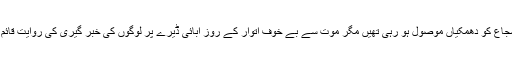
کرنل شجاع کو دھمکیاں موصول ہو رہی تھیں مگر موت سے بے خوف اتوار کے روز آبائی ڈیرے پر لوگوں کی خبر گیری کی روایت قائم رکھی۔